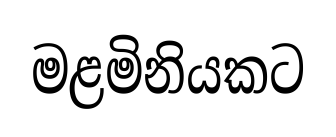
මළමිනියකට